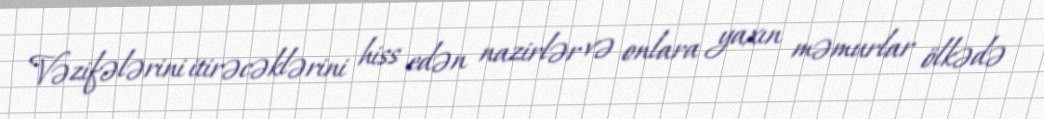
Vəzifələrini itirəcəklərini hiss edən nazirlər və onlara yaxın məmurlar ölkədə